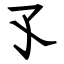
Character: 孓